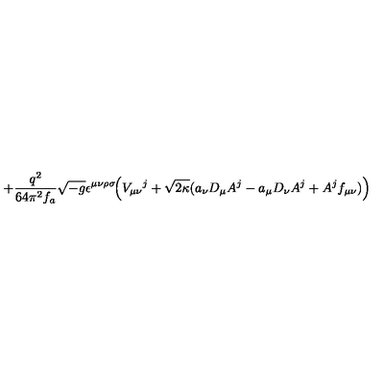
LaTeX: + \frac { q ^ { 2 } } { 6 4 \pi ^ { 2 } f _ { a } } \sqrt { - g } \epsilon ^ { \mu \nu \rho \sigma } \! \Big ( V _ { \mu \nu } { } ^ { j } + \sqrt { 2 \kappa } ( a _ { \nu } D _ { \mu } A ^ { j } - a _ { \mu } D _ { \nu } A ^ { j } + A ^ { j } f _ { \mu \nu } ) \Big )